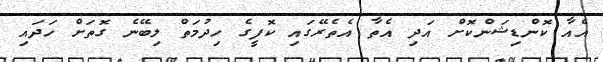
އެއާ ކޮންޑިޝަންކޮށް އަދި އެތާ އެތެރޭގައި ކޮފީގެ ހިދުމަތް ލިބޭނެ ގޮތަށް ހަދައި